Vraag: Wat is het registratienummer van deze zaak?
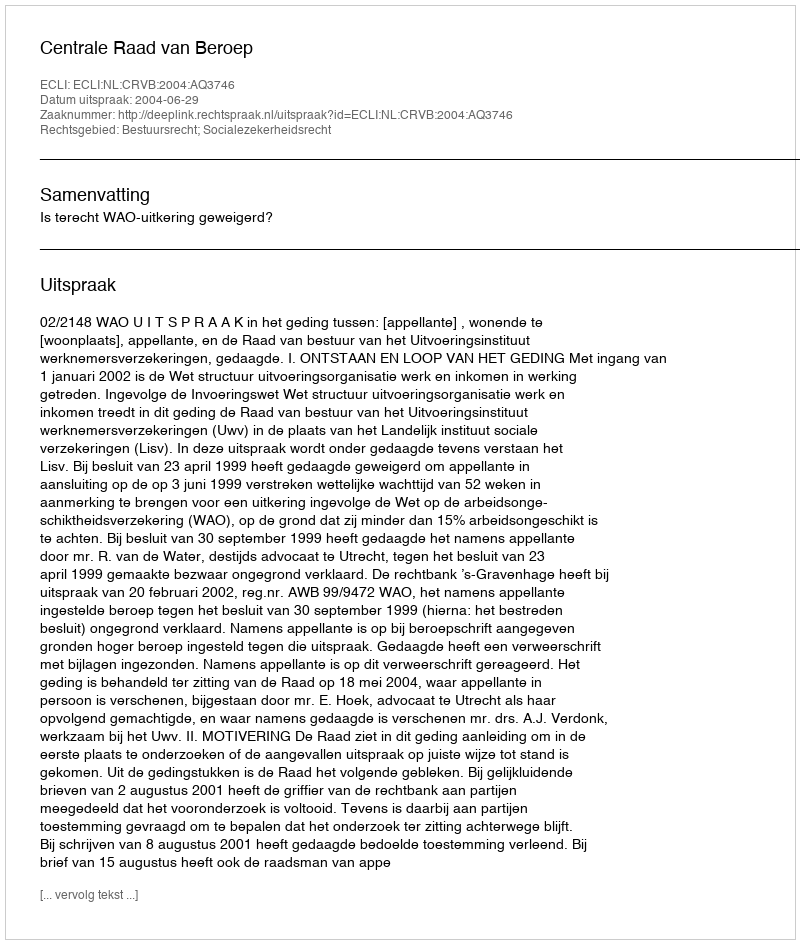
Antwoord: http://deeplink.rechtspraak.nl/uitspraak?id=ECLI:NL:CRVB:2004:AQ3746